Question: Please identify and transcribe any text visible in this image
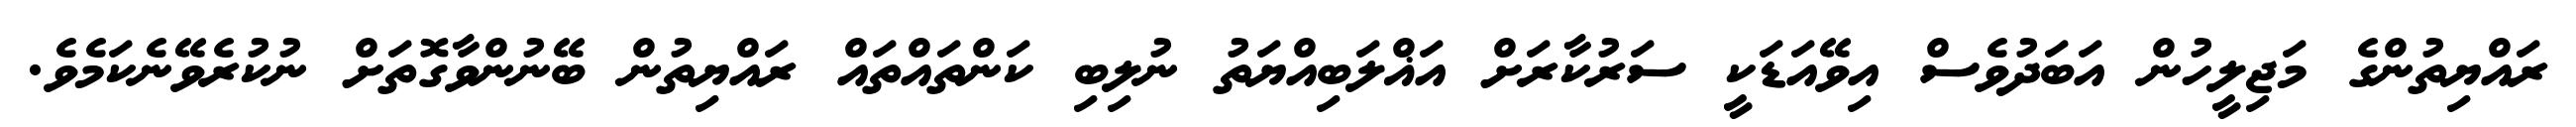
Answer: ރައްޔިތުންގެ މަޖިލީހުން އަބަދުވެސް އިވޭއަޑަކީ ސަރުކާރަށް އަޣްލަބިއްޔަތު ނުލިބި ކަންތައްތައް ރައްޔިތުން ބޭނުންވާގޮތަށް ނުކުރެވޭނެކަމެވެ.